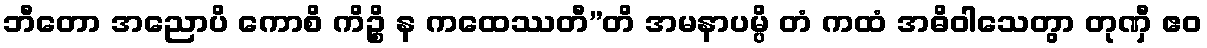
ဘီတော အညောပိ ကောစိ ကိဉ္စိ န ကထေဿတီ”တိ အမနာပမ္ပိ တံ ကထံ အဓိဝါသေတွာ တုဏှီ ဧဝ